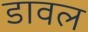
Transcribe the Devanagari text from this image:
डावल